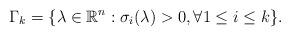
LaTeX: \begin{align*}\Gamma_k = \{ \lambda \in \mathbb{R}^n :\sigma _i (\lambda ) >0,\forall 1 \le i \le k\}.\end{align*}